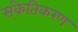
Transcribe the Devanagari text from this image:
स्ंकेतिकरण